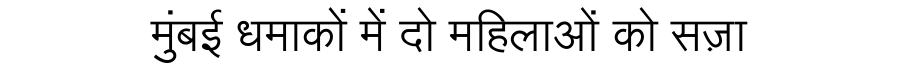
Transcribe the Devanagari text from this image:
मुंबई धमाकों में दो महिलाओं को सज़ा